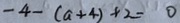
- 4 - ( a + 4 ) + 2 = 0